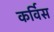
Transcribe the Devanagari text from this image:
कर्विस